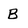
Character: B